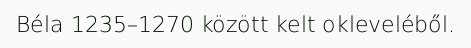
Béla 1235–1270 között kelt okleveléből.